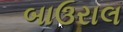
બાઉરાલ